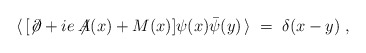
\begin{align*}\langle \, [\not\! \partial + i e \not \!\!A(x) + M(x)]\psi(x) {\bar\psi}(y) \, \rangle \;=\; \delta (x-y) \;,\end{align*}